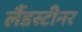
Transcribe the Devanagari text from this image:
लैंडस्टीनर